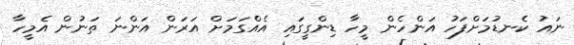
ނައު ކެނޑުމަށްފަހު އަންހެން މީހާ ޑިންގީގައި އެއްގަމަށް އަރަން އަންނަ ތަނުން އެމީހާ